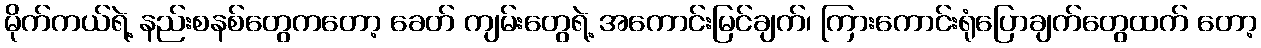
မိုက်ကယ်ရဲ့ နည်းစနစ်တွေကတော့ ခေတ် ကျမ်းတွေရဲ့ အကောင်းမြင်ချက်၊ ကြားကောင်းရုံပြောချက်တွေထက် တော့